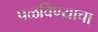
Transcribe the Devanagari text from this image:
पळविण्याचा